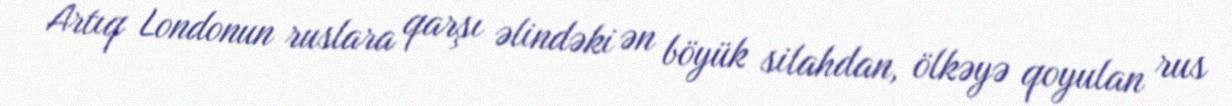
Artıq Londonun ruslara qarşı əlindəki ən böyük silahdan, ölkəyə qoyulan rus